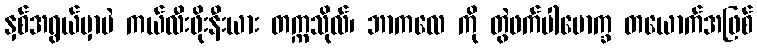
နှစ်အရွယ်မှာပဲ ကယ်လီးဖိုးနီးယား တက္ကသိုလ်၊ ဘာကလေ ကို တွဲဖက်ပါမောက္ခ တယောက်အဖြစ်